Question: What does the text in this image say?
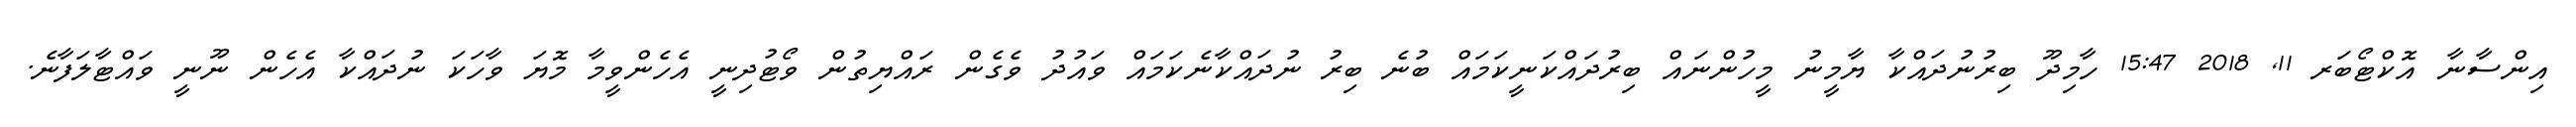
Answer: އިންސާނާ އޮކްޓޯބަރ 11, 2018 15:47 ހާމިދޫ ބިރުނުދައްކާ ޔާމީނު މީހުންނައް ބިރުދައްކަނީކަމައް ބުނެ ބިރު ނުދައްކާނެކަމައް ވައުދު ވެގެން ރައްޔިތުން ވޯޓުދިނީ އެހެންވީމާ މޮޔަ ވާހަކަ ނުދައްކާ އެހެން ނޫނީ ވައްޓާލަފާނެ.